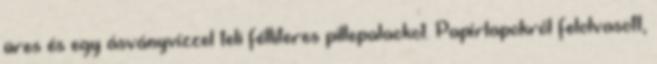
üres és egy ásványvízzel teli félliteres pillepalackot. Papírlapokról felolvasott,